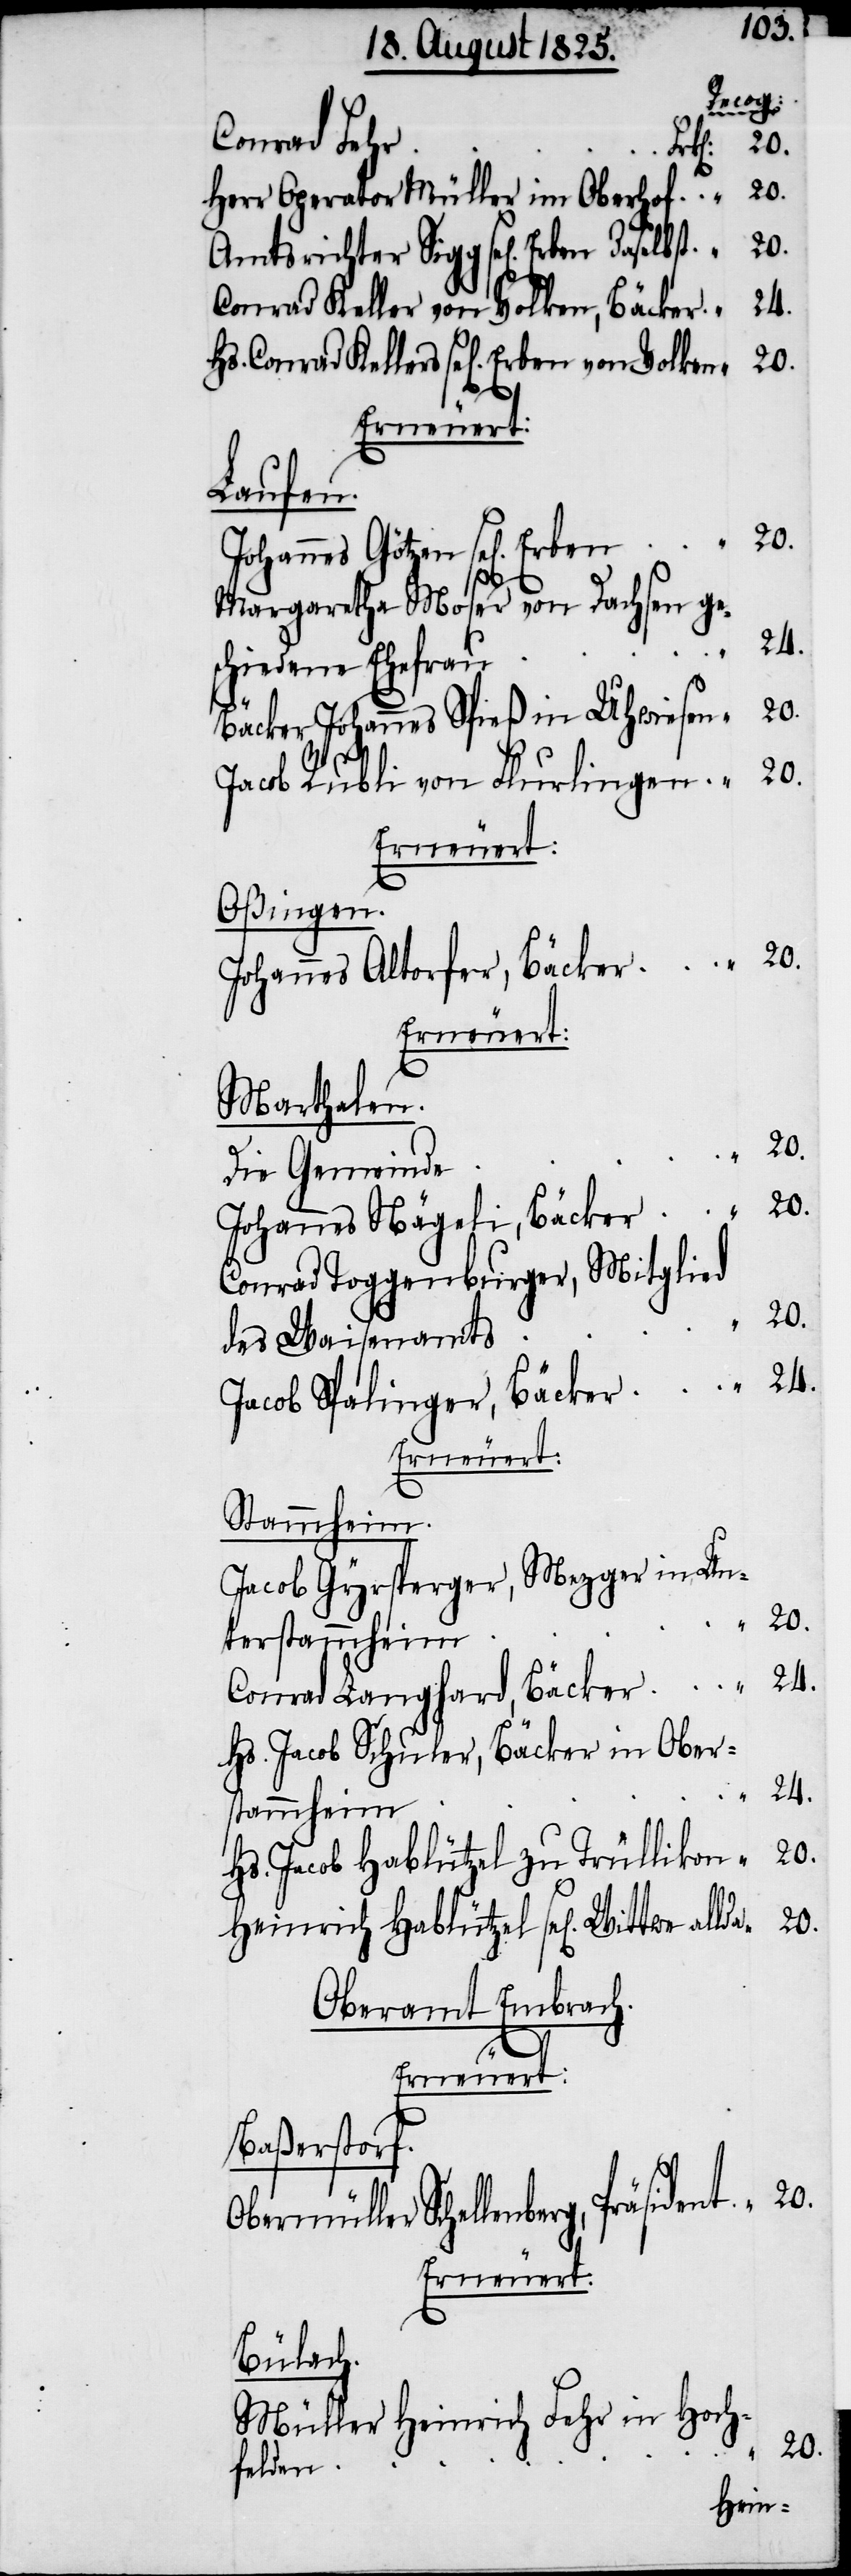
Recog:
Conrad Ke¬
Herr Operator Müller im Oberhof	“	20.
Amtsrichter Sigg sel[igen] Erben
Conrad Keller von Volken, Bäcker	“	24.
Erneuert:
Laufen.
Johannes Götzen sel[igen]
Margaretha Moser von Dachsen ge¬
schiedene Ehefra¬
Bäcker Johannes Spieß in Uhwiesen	“	20.
Jacob Rubli von Flurlingen	“	20.
Erneuert:
Oßingen.
Johannes Altorfer, Bäcker	“	20.
Erneuert:
Marthalen.
n	“	20.
Johannes Nägeli, Bäcke¬
Conrad Toggenburger, Mitglied
des Waisenamt¬
Jacob Spalinger, Bäcker	“	24.
Erneuert:
Stammheim.
Jacob Gyrsperger, Mezger in Un¬
terstammhei¬
Conrad Langhard, Bäcker	“	24.
Hs. Jacob Schuler, Bäcker in Ober¬
m	“	24.
stammhei¬
Hs. Jacob Hablützel zu Trüllikon	“	20.
Heinrich Hablützel sel[igen] Wittwe
Oberamt Embrach.
Baßerstorf.
Obermüller Schellenberg, Präsident	“	20.
Erneuert:
Bülach.
Müller Heinrich Fehr in Hoch¬
20.
felde¬